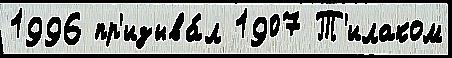
1996 пр'изыва́л 1907 Т'илаком